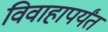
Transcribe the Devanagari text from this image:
विवाहापर्यंत